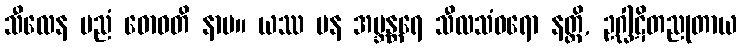
သီလေန ပညံ ဓောဝတိ နာမ။ ယဿ ပန အဗ္ဘန္တရေ သီလသံဝရော နတ္ထိ, ဥဂ္ဃါဋိတညုတာယ